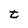
Character: t